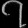
Digit: ၇